Investigations on Bengal jail dietaries - Number 37
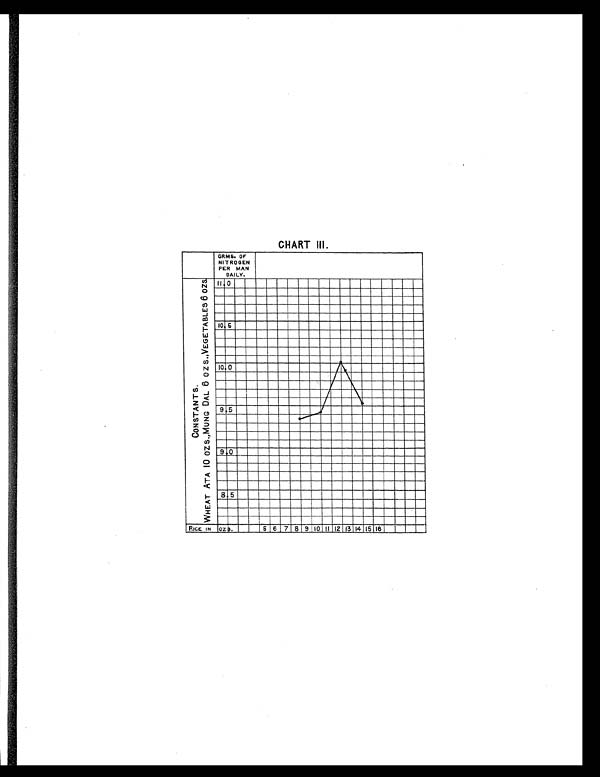
CHART III.